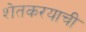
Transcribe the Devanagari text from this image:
शेतकरयाची